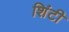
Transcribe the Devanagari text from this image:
शिंटी